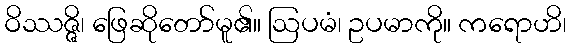
ဝိဿဇ္ဇိ၊ ဖြေဆိုတော်မူ၏။ ဩပမံ၊ ဥပမာကို။ ကရောဟိ၊